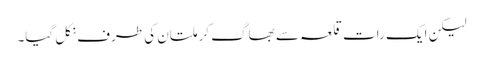
لیکن ایک رات قلعہ سے بھاگ کر ملتان کی طرف نکل گیا۔